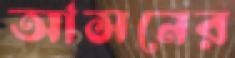
আসনের